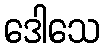
ဒေါသေ